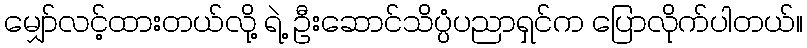
မျှော်လင့်ထားတယ်လို့ ရဲ့ ဦးဆောင်သိပ္ပံပညာရှင်က ပြောလိုက်ပါတယ်။